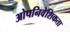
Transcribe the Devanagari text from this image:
ओपनिवेशिकता